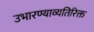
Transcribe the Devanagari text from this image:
उभारण्याव्यतिरिक्त